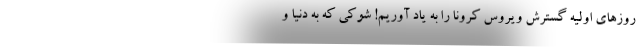
روزهای اولیه گسترش ویروس کرونا را به یاد آوریم! شوکی که به دنیا و